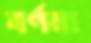
বর্ণনা